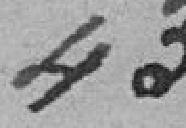
43